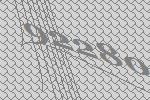
92280